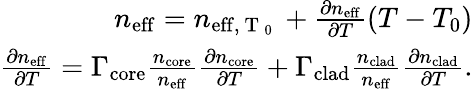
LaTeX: \begin{array}{r}{n_{\mathrm{eff}}=n_{\mathrm{eff,~T~_0~}}+\frac{\partial n_{\mathrm{eff}}}{\partial T}(T-T_{0})}\\ {\frac{\partial n_{\mathrm{eff}}}{\partial T}=\Gamma_{\mathrm{core}}\frac{n_{\mathrm{core}}}{n_{\mathrm{eff}}}\frac{\partial n_{\mathrm{core}}}{\partial T}+\Gamma_{\mathrm{clad}}\frac{n_{\mathrm{clad}}}{n_{\mathrm{eff}}}\frac{\partial n_{\mathrm{clad}}}{\partial T}.}\end{array}